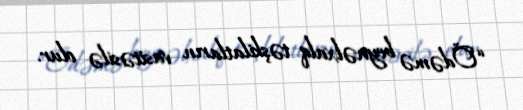
“Ödəmə beynəlxalq təşkilatların vasitəsilə olur.